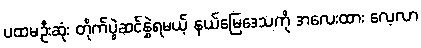
ပထမဦးဆုံး တိုက်ပွဲဆင်နွှဲရမယ့် နယ်မြေဒေသကို အလေးထား လေ့လာ